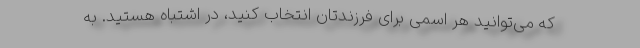
که می‌توانید هر اسمی برای فرزندتان انتخاب کنید، در اشتباه هستید. به